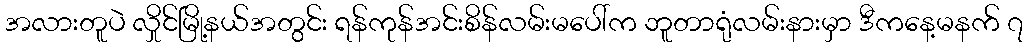
အလားတူပဲ လှိုင်မြို့နယ်အတွင်း ရန်ကုန်အင်းစိန်လမ်းမပေါ်က ဘူတာရုံလမ်းနားမှာ ဒီကနေ့မနက် ၇